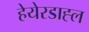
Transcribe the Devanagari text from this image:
हेयेरडाह्ल